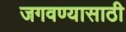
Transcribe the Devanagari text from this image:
जगवण्यासाठी